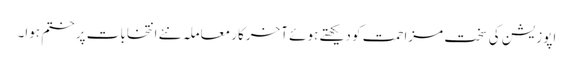
اپوزیشن کی سخت مزاحمت کو دیکھتے ہوئے آخرکار معاملہ نئے انتخابات پر ختم ہوا۔